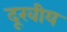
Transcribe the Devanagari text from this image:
दूरवीय